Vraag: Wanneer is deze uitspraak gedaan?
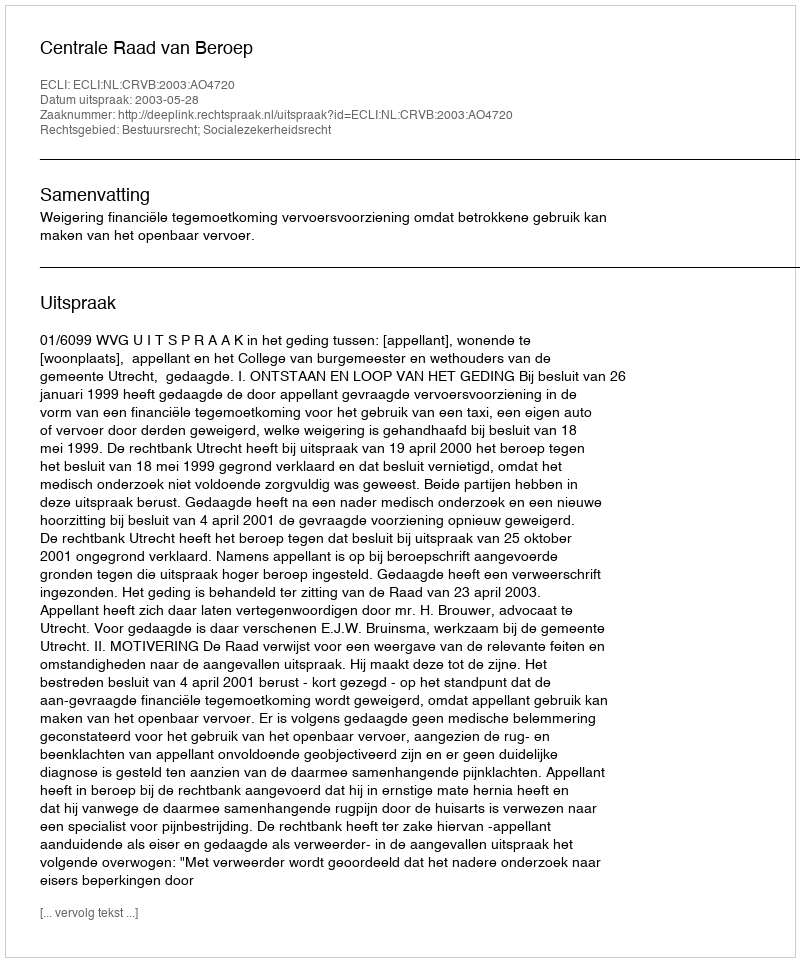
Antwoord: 2003-05-28